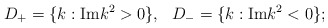
\begin{align*}D_+=\{ k: {\rm Im} k^2>0\}, \ \ D_-=\{ k: {\rm Im} k^2<0\};\end{align*}